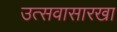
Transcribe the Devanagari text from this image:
उत्सवासारखा